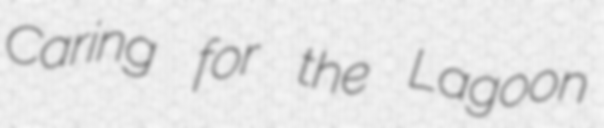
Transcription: Caring for the Lagoon